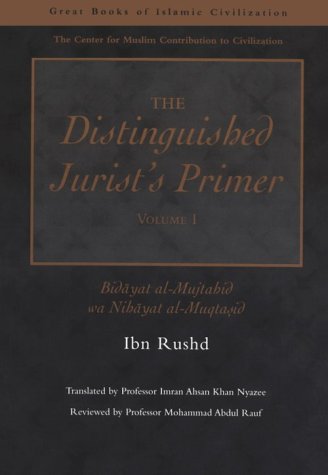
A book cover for The Distinguished Jurist's Primer Volume I; Ibn Rushd; Religion & Spirituality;